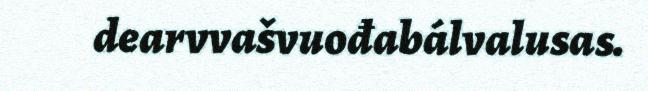
dearvvašvuođabálvalusas.